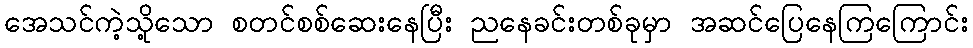
အေသင်ကဲ့သို့သော စတင်စစ်ဆေးနေပြီး ညနေခင်းတစ်ခုမှာ အဆင်ပြေနေကြကြောင်း